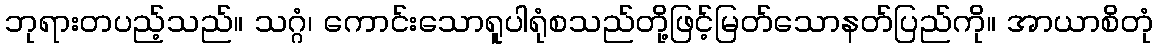
ဘုရားတပည့်သည်။ သဂ္ဂံ၊ ကောင်းသောရူပါရုံစသည်တို့ဖြင့်မြတ်သောနတ်ပြည်ကို။ အာယာစိတုံ